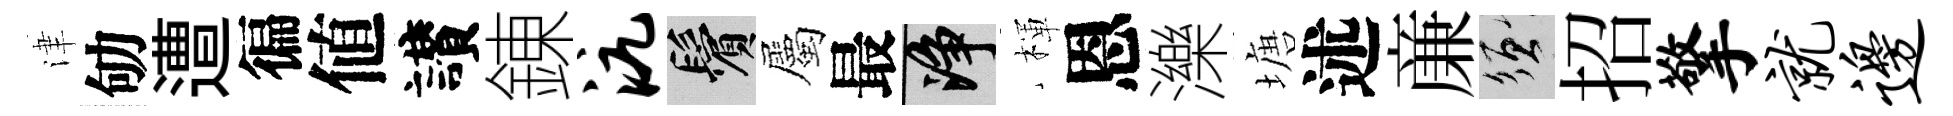
津劬遭徧値讃錬沆鬢屬最净楎恩濼塘述亷須招擎就边